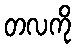
တလကို